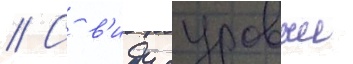
// С в'иду суровыи